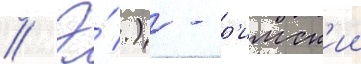
// Э́.) - р'имск'ии